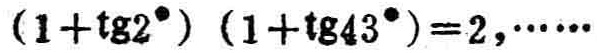
\((1 + \mathrm{tg}2^{\circ})(1 + \mathrm{tg}43^{\circ}) = 2,\cdots\cdots\)